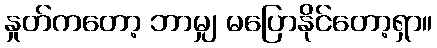
နှုတ်ကတော့ ဘာမျှ မပြောနိုင်တော့ရှာ။